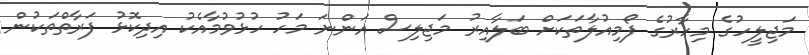
މަޖިލީހުގެ މިހާރުގެ ފޯމިއުލާތަކަށް ބަލާއިރު މަޖިލިސް އަންނަ މަހު ހުޅުވުމާއެކު އިދިކޮޅު ފަރާތްތަކުން